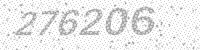
Solution: 276206